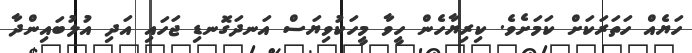
ހަޔެއް ހަތަރަކަށް ކަމަށެވެ. ކިރިޔާހެން ހީވާ މީހަކުވިޔަސް އަނދަގޮނޑި ޖަހައި އަދި އުލުބައިންދާ